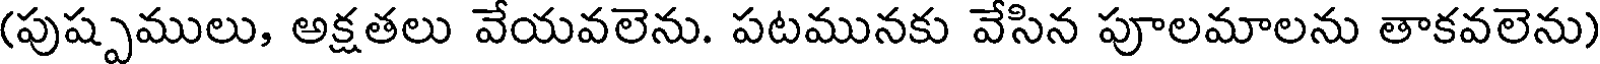
(పుష్పములు, అక్షతలు వేయవలెను. పటమునకు వేసిన పూలమాలను తాకవలెను)